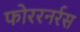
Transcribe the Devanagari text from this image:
फोररनर्रस